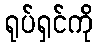
ရုပ်ရှင်ကို